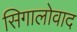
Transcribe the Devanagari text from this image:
सिगालोवाद